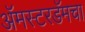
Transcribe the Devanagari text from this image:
अॅमस्टरडॅमचा